65_HS1-834228961_62-HQ-83894_Section_8
Agency: FBI
Page 97
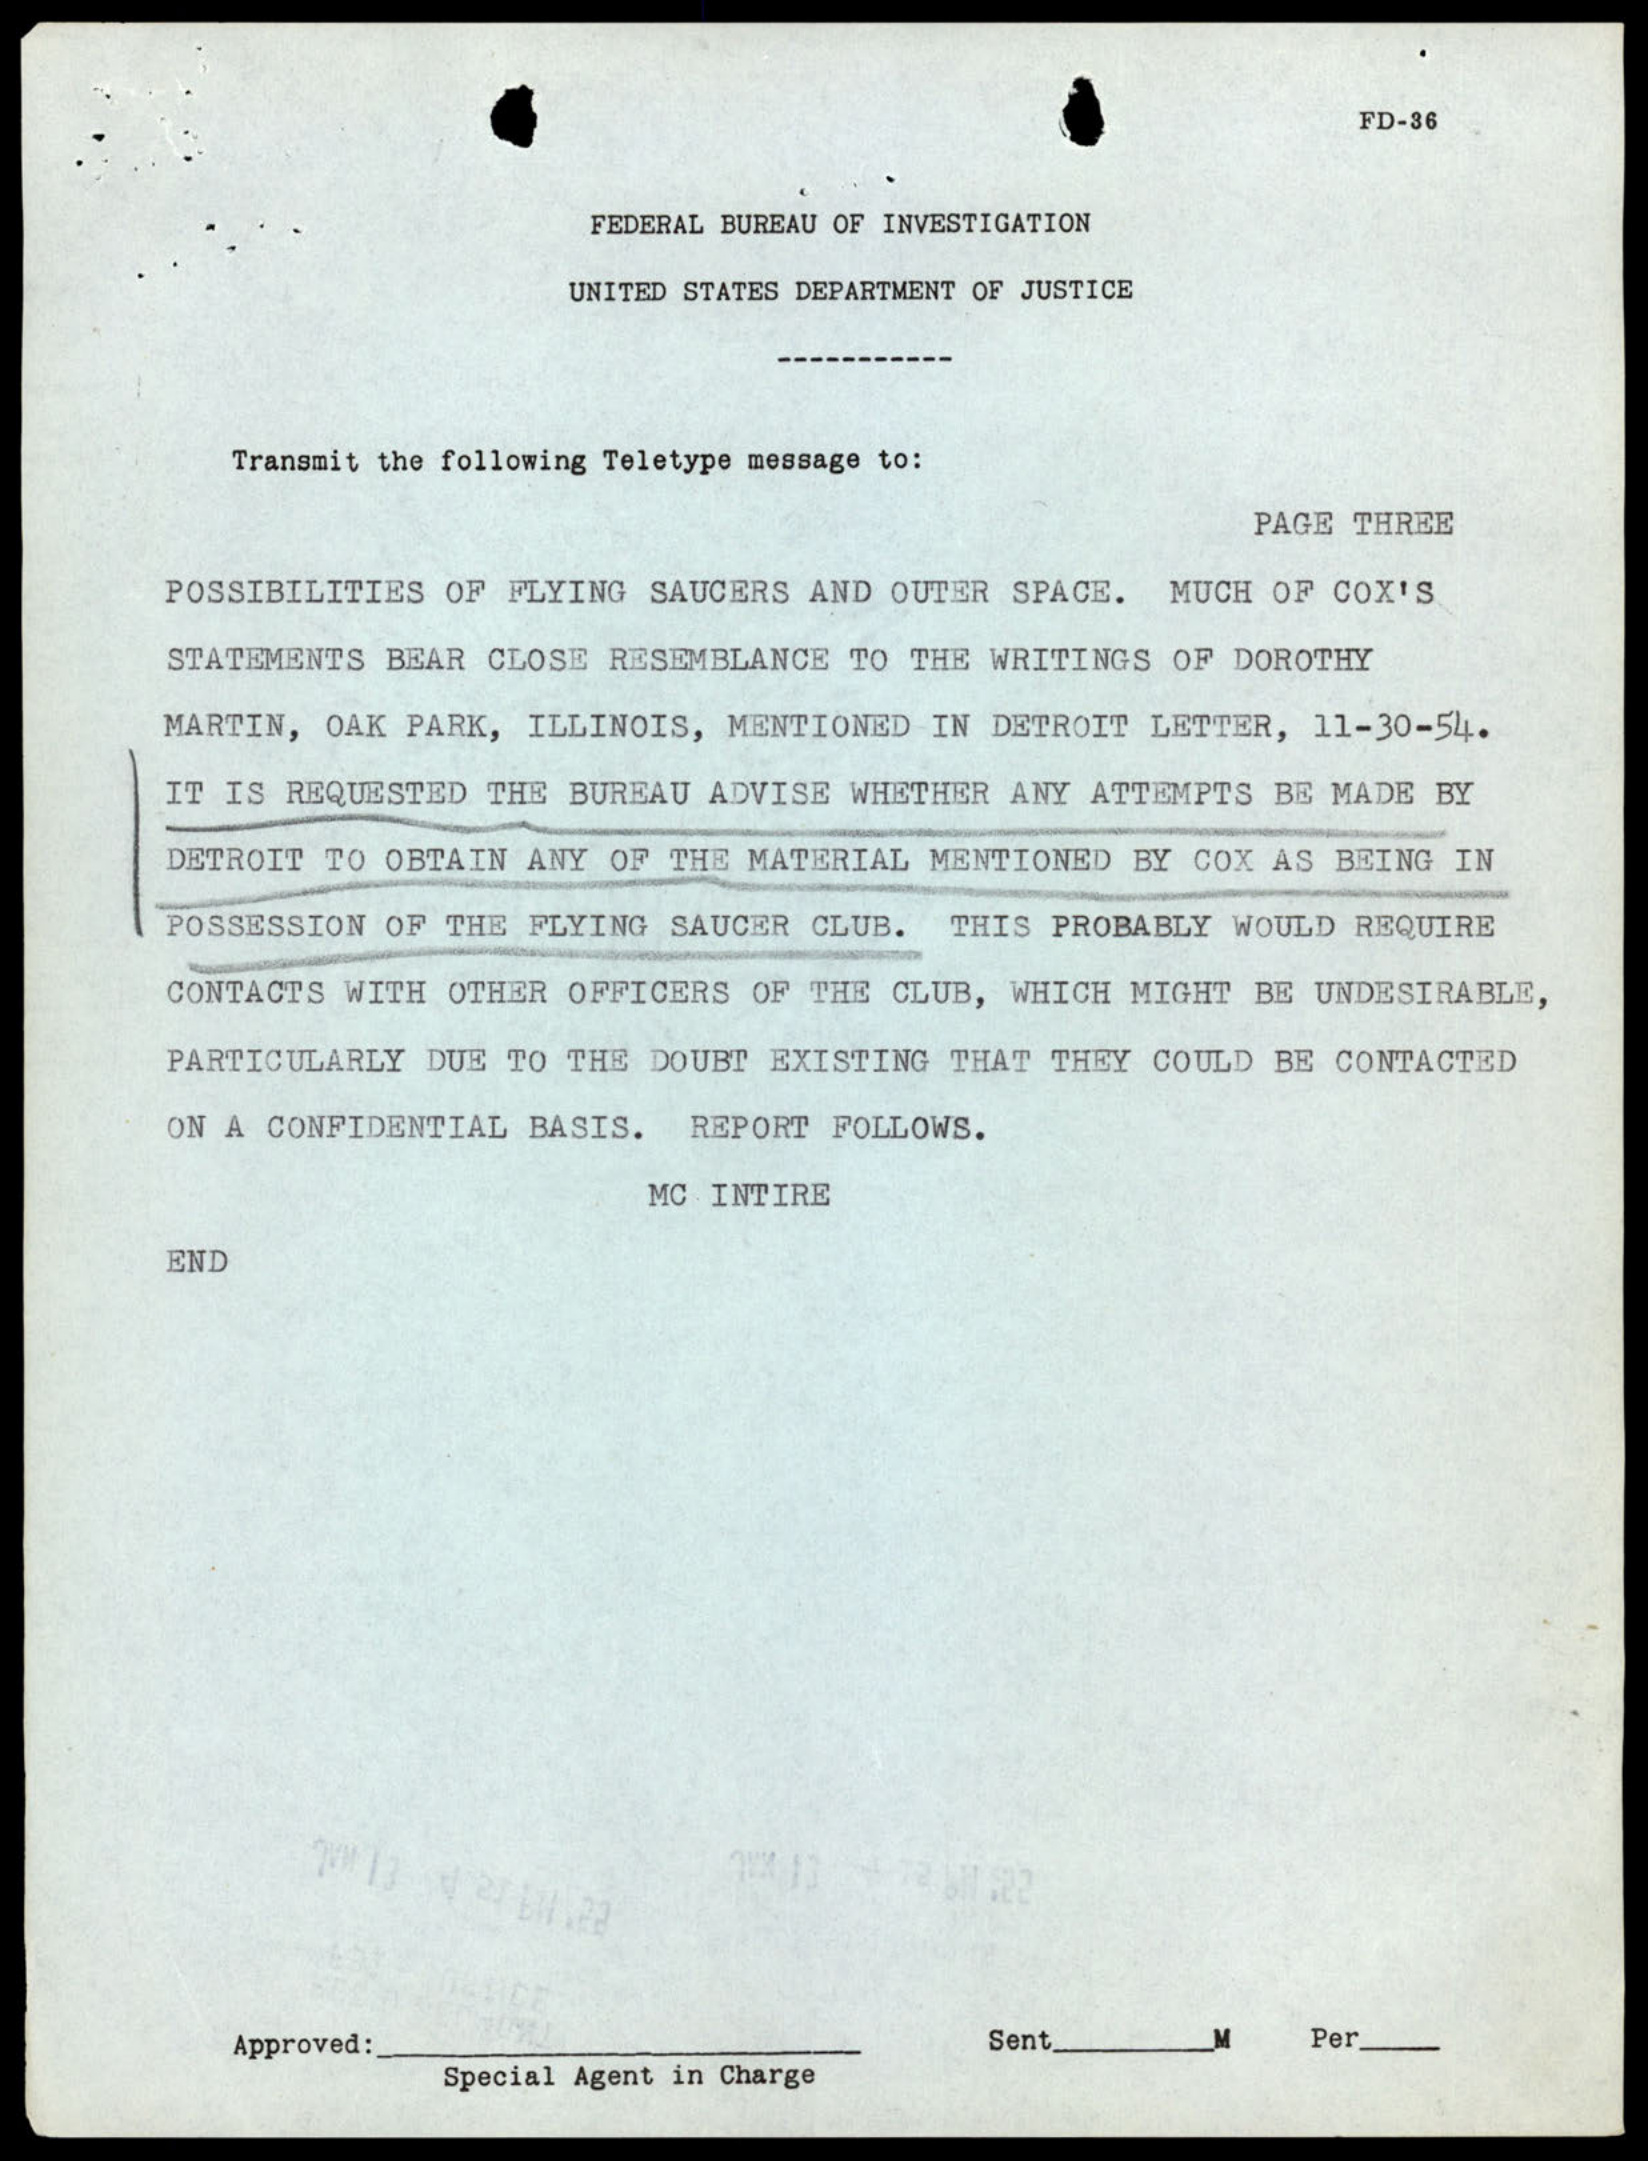